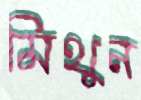
মিথুন